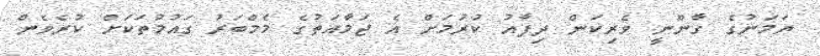
ޔަމަނުގެ ގާނޫނީ ވެރިކަން ދިފާއު ކުރުމަށް އެ ޖަމާއަތުގެ މެމްބަރު ގައުމުތަކަށް ކުރެވެން